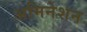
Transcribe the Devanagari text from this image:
अमिनेशन